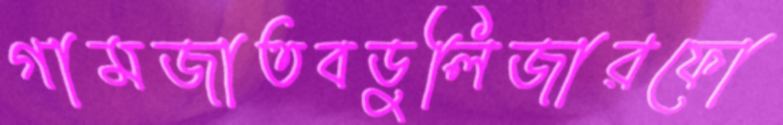
গামজাতবডুলিজারফো